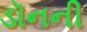
ડૉનની